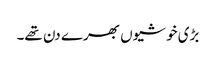
بڑی خوشیوں بھرے دن تھے۔